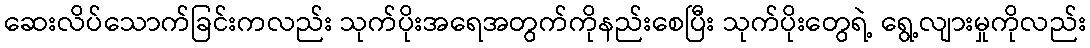
ဆေးလိပ်သောက်ခြင်းကလည်း သုက်ပိုးအရေအတွက်ကိုနည်းစေပြီး သုက်ပိုးတွေရဲ့ ရွေ့လျားမှုကိုလည်း